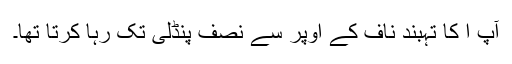
آپ ا کا تہبند ناف کے اوپر سے نصف پنڈلی تک رہا کرتا تھا۔